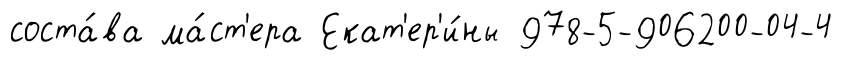
соста́ва ма́ст'ера Екат'ер'и́ны 978-5-906200-04-4